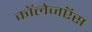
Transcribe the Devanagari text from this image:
कॉलेजऍस